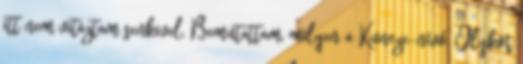
itt nem vitáztam senkivel. Bemutattam, milyen a Kuncze-nívó. Olykor